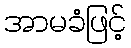
အာမခံဖြင့်